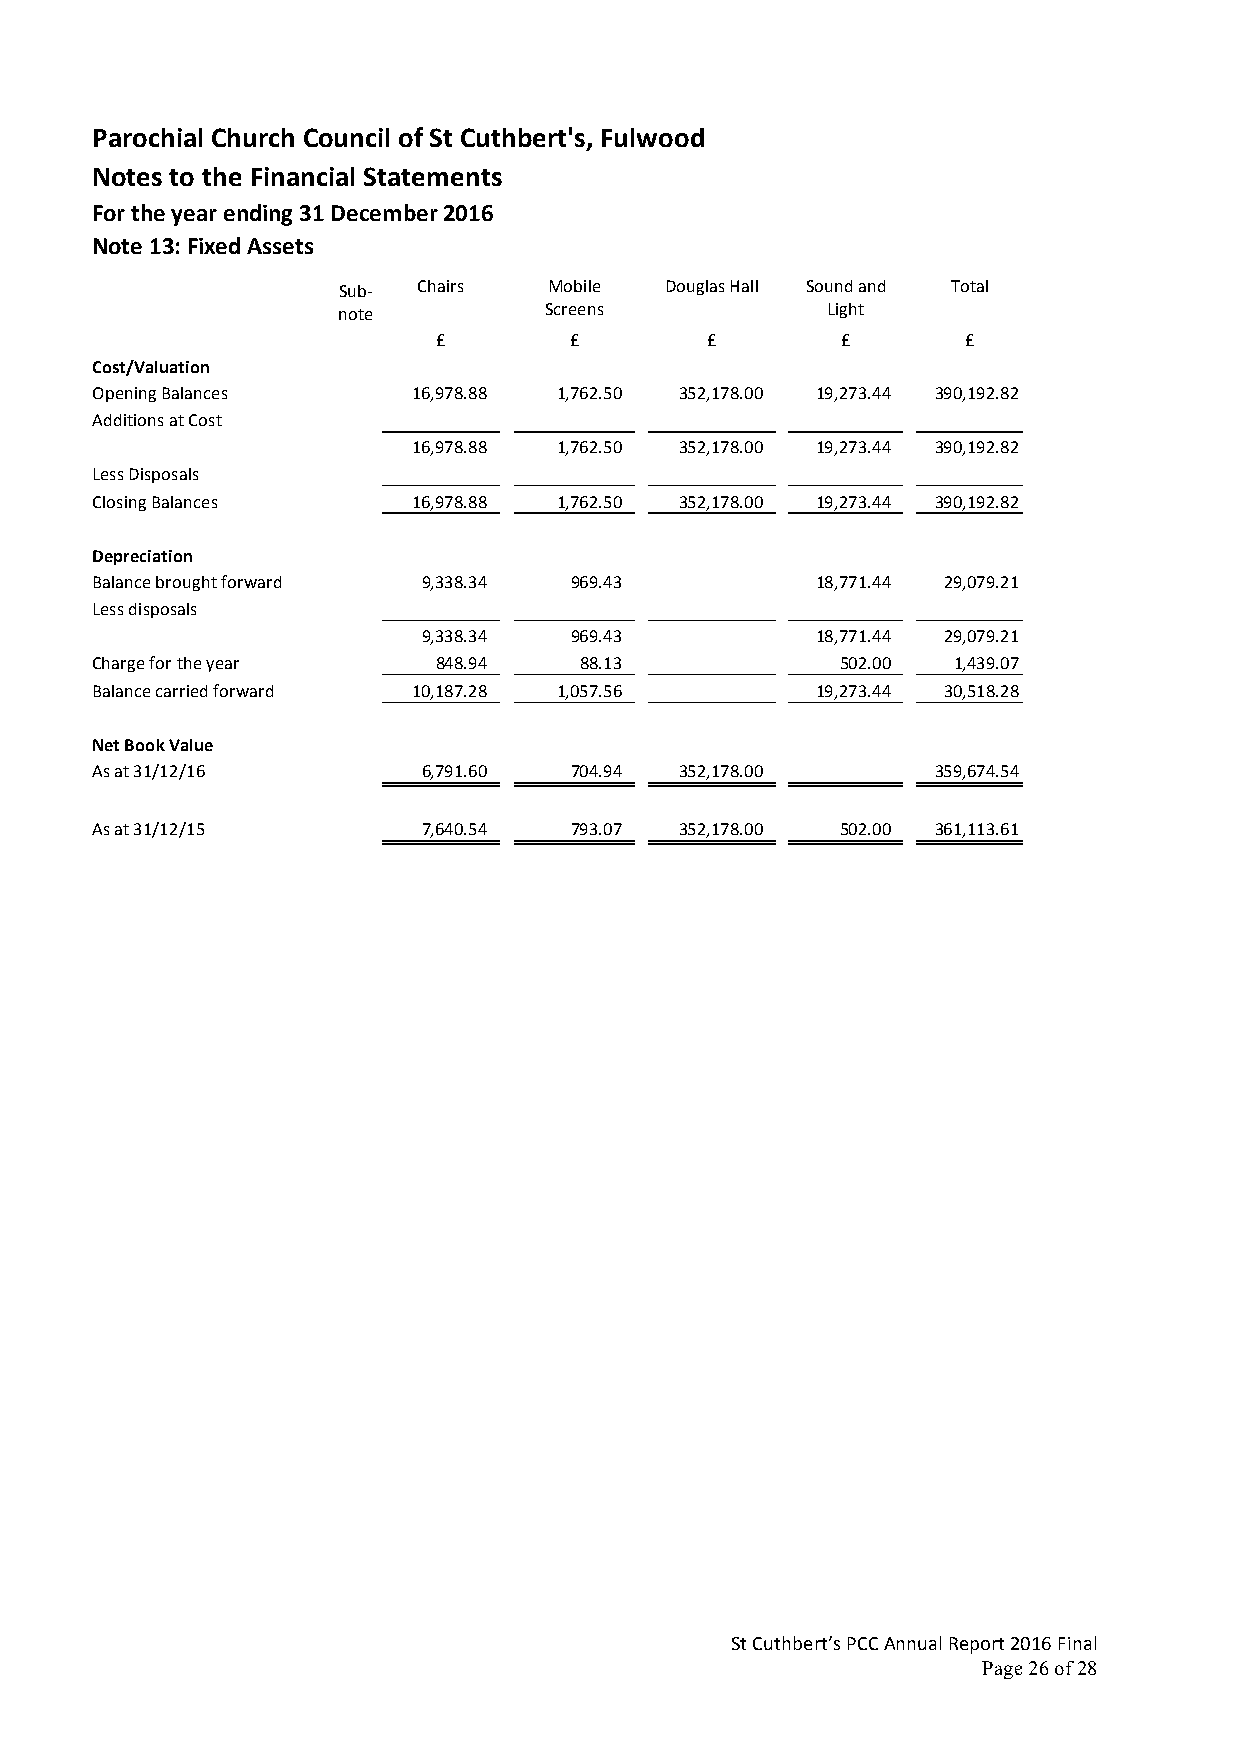
Parochial Church Council of St Cuthbert's, Fulwood
 Notes to the Financial Statements
 For the year ending 31 December 2016
 Note 13: Fixed Assets
 Sub-  Chairs  Mobile  Douglas Hall Sound and Total
 note          Screens            Light
 £        £        £        £       £
 Cost/Valuation
 Opening Balances     16,978.88 1,762.50 352,178.00 19,273.44 390,192.82
 Additions at Cost
 16,978.88 1,762.50 352,178.00 19,273.44 390,192.82
 Less Disposals
 Closing Balances     16,978.88 1,762.50 352,178.00 19,273.44 390,192.82
 Depreciation
 Balance brought forward 9,338.34 969.43         18,771.44 29,079.21
 Less disposals
 9,338.34  969.43          18,771.44 29,079.21
 Charge for the year    848.94   88.13             502.00 1,439.07
 Balance carried forward 10,187.28 1,057.56      19,273.44 30,518.28
 Net Book Value
 As at 31/12/16        6,791.60  704.94 352,178.00       359,674.54
 As at 31/12/15        7,640.54  793.07 352,178.00 502.00 361,113.61
 St Cuthbert’s PCC Annual Report 2016 Final
 Page 26 of 28